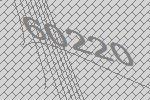
60220